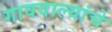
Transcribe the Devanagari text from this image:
गाववाल्यांचे